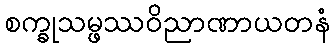
စက္ခုသမ္ဖဿဝိညာဏာယတနံ